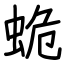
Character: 蛫